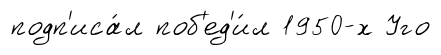
подп'иса́л поб'ед'и́л 1950-х Уго